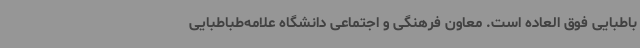
باطبایی فوق العاده است. معاون فرهنگی و اجتماعی دانشگاه علامه‌طباطبایی